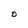
Character: 0